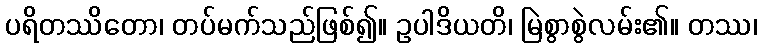
ပရိတဿိတော၊ တပ်မက်သည်ဖြစ်၍။ ဥပါဒိယတိ၊ မြဲစွာစွဲလမ်း၏။ တဿ၊